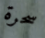
سحرة